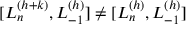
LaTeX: [ L _ { n } ^ { ( h + k ) } , L _ { - 1 } ^ { ( h ) } ] \neq [ L _ { n } ^ { ( h ) } , L _ { - 1 } ^ { ( h ) } ]